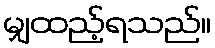
မျှထည့်ရသည်။